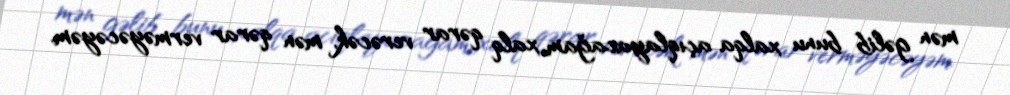
mən gəlib bunu xalqa açıqlayacağam, xalq qərar verəcək, mən qərar verməyəcəyəm.